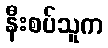
နီးစပ်သူက